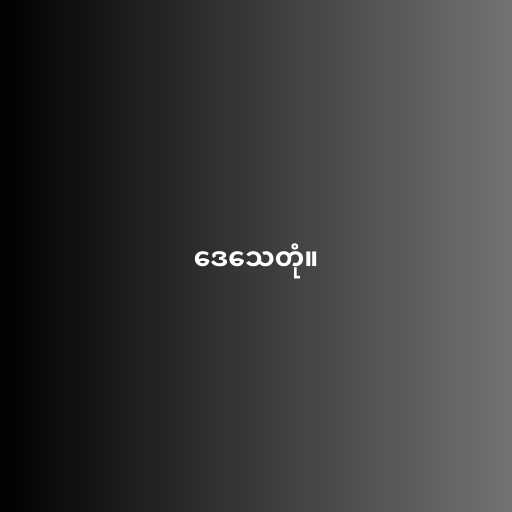
ဒေသေတုံ။